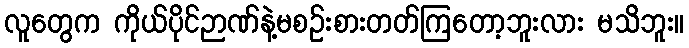
လူတွေက ကိုယ်ပိုင်ဉာဏ်နဲ့မစဉ်းစားတတ်ကြတော့ဘူးလား မသိဘူး။